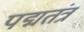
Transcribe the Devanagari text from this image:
पद्मतंत्र